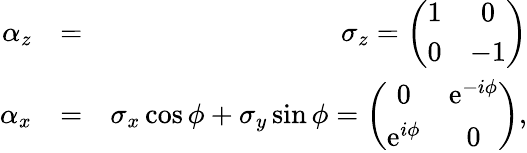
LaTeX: \begin{array}{rlr}{\alpha_{z}}&{=}&{\sigma_{z}=\left(\begin{array}{cc}{1}&{0}\\ {0}&{-1}\end{array}\right)}\\ {\alpha_{x}}&{=}&{\sigma_{x}\cos\phi+\sigma_{y}\sin\phi=\left(\begin{array}{cc}{0}&{\mathrm{e}^{-i\phi}}\\ {\mathrm{e}^{i\phi}}&{0}\end{array}\right),}\end{array}